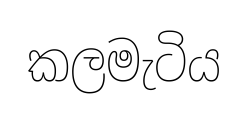
කලමැටිය